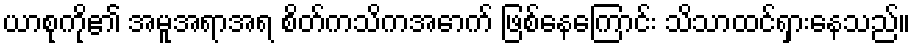
ယာစုကို၏ အမူအရာအရ စိတ်ကသိကအောက် ဖြစ်နေကြောင်း သိသာထင်ရှားနေသည်။